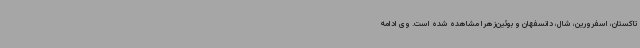
تاکستان، اسفرورین، شال، دانسفهان و بوئین‌زهرا مشاهده شده است. وی ادامه